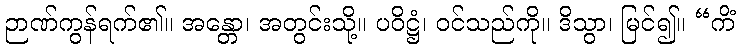
ဉာဏ်ကွန်ရက်၏။ အန္တော၊ အတွင်းသို့။ ပဝိဋ္ဌံ၊ ဝင်သည်ကို။ ဒိသွာ၊ မြင်၍။ “ကိံ